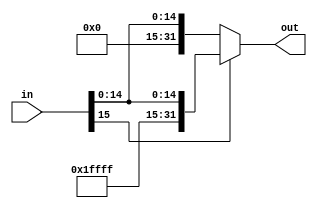
module SignExtend16to32(in, out);
	input wire [15:0] in;
	output wire [31:0] out;
	
	assign out = (in[15] == 1'b1) ? {{16{1'b1}}, {in}} : {{16{1'b0}}, {in}};
endmodule